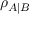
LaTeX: \rho _ { A | B }